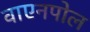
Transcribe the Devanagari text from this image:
वाएनपोल